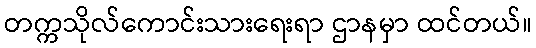
တက္ကသိုလ်ကောင်းသားရေးရာ ဌာနမှာ ထင်တယ်။